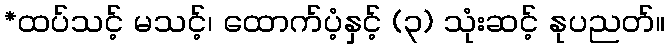
*ထပ်သင့် မသင့်၊ ထောက်ပံ့နှင့် (၃) သုံးဆင့် နုပညတ်။